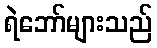
ရဲဘော်များသည်